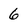
Character: 6